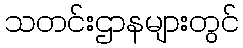
သတင်းဌာနများတွင်